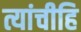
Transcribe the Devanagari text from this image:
त्यांचीहि